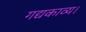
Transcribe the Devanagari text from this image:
गद्यकाव्य।